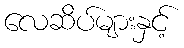
လေဆိပ်များနှင့်